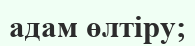
адам өлтіру;